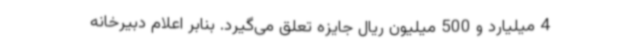
4 میلیارد و 500 میلیون ریال جایزه تعلق می‌گیرد. بنابر اعلام دبیرخانه